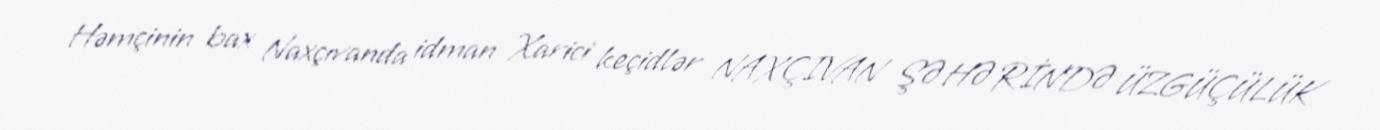
Həmçinin bax Naxçıvanda idman Xarici keçidlər NAXÇIVAN ŞƏHƏRİNDƏ ÜZGÜÇÜLÜK